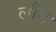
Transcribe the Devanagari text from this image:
लौग